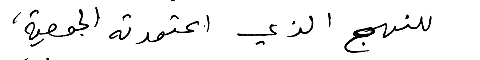
للنهج الذي اعتمدته الجمعية،